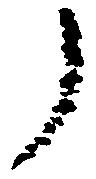
了